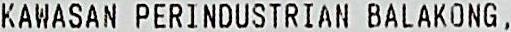
KAWASAN PERINDUSTRIAN BALAKONG ,